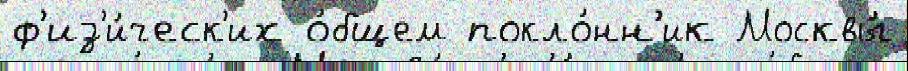
ф'из'и́ческ'их о́бщем покло́нн'ик Москвы́